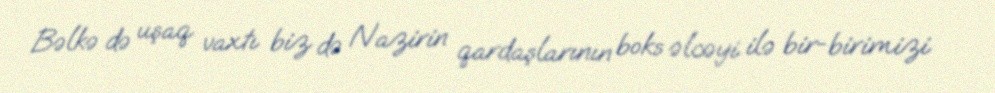
Bəlkə də uşaq vaxtı biz də Nazirin qardaşlarının boks əlcəyi ilə bir-birimizi